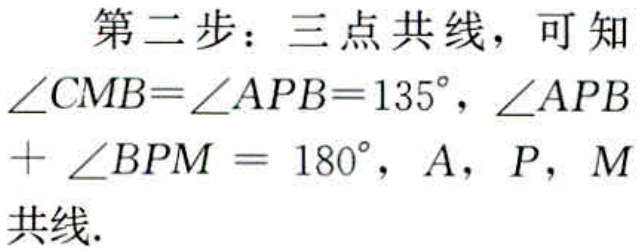
第二步：三点共线，可知
\(\angle CMB=\angle APB = 135^{\circ}\)，\(\angle APB+\angle BPM = 180^{\circ}\)，\(A\)，\(P\)，\(M\)
共线.